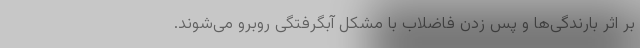
بر اثر بارندگی‌ها و پس زدن فاضلاب با مشکل آبگرفتگی روبرو می‌شوند.